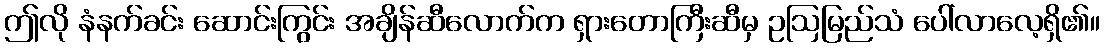
ဤလို နံနက်ခင်း ဆောင်းကြွင်း အချိန်ဆီလောက်က ရှားတောကြီးဆီမှ ဥဩမြည်သံ ပေါ်လာလေ့ရှိ၏။